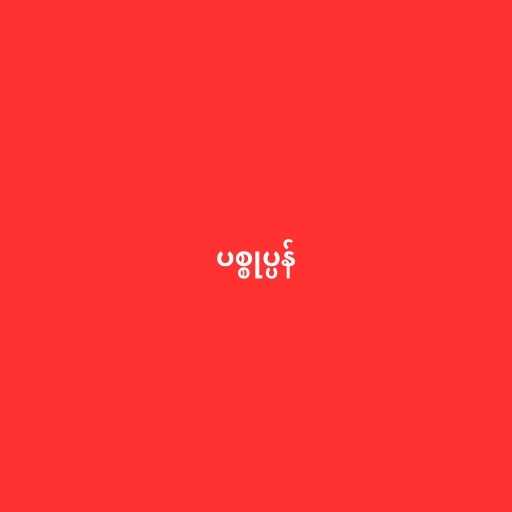
ပစ္စုပ္ပန်